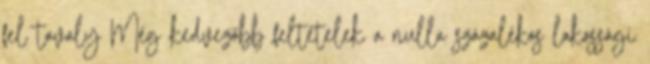
fel tavaly Még kedvezőbb feltételek a nulla százalékos lakossági